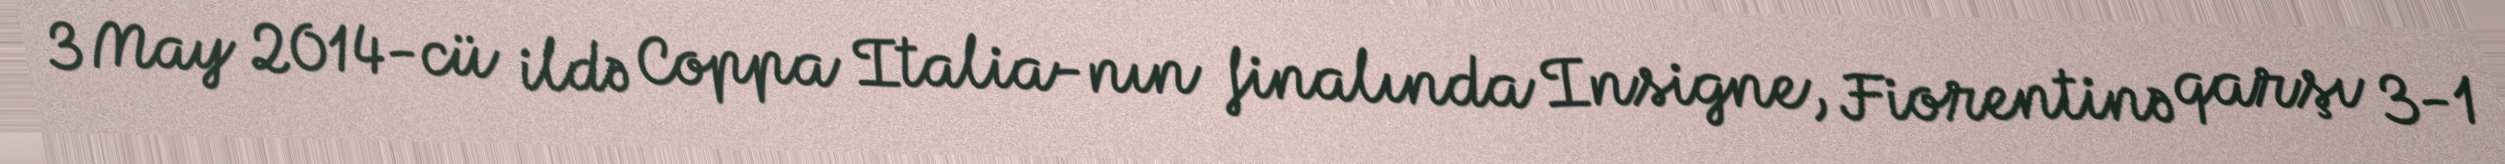
3 May 2014-cü ildə Coppa Italia-nın finalında Insigne, Fiorentinə qarşı 3-1